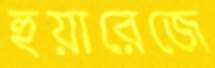
হুয়ারেজে